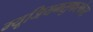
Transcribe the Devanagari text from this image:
म्यूजियमसुफरफेस्ट